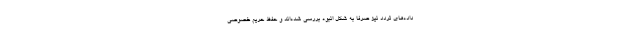
داده‌های تردد نیز صرفاً به شکل انبوه بررسی شده‌اند و حفظ حریم خصوصی